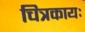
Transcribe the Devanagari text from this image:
चित्रकायः